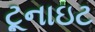
ટૂનાઇટ